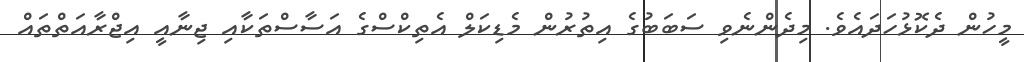
މީހުން ދެކޮޅުހަދައެވެ. މިދެންނެވި ސަބަބުގެ އިތުރުން މެޑިކަލް އެތިކްސްގެ އަސާސްތަކާއި ޖިނާއީ އިޖްރާއަތްތައް